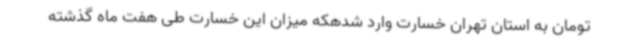
تومان به استان تهران خسارت وارد شدهکه میزان این خسارت طی هفت ماه گذشته